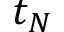
t _ { N }